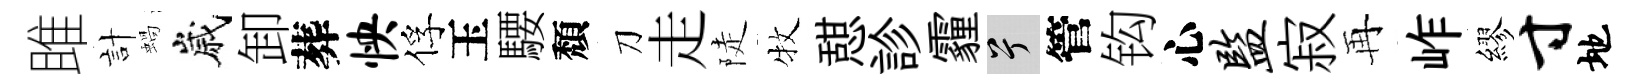
雎計蝸嵗卸葬怏俘玉騕頽刀走陡牧憇診霾兮管钩心监寂再岞繆寸地